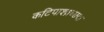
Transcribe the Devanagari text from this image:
कटिपाश्व्रच्छदा